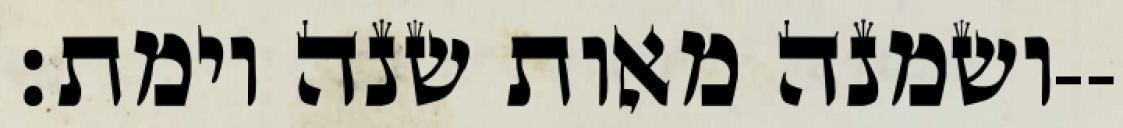
ושמנה מאות שנה וימת׃--